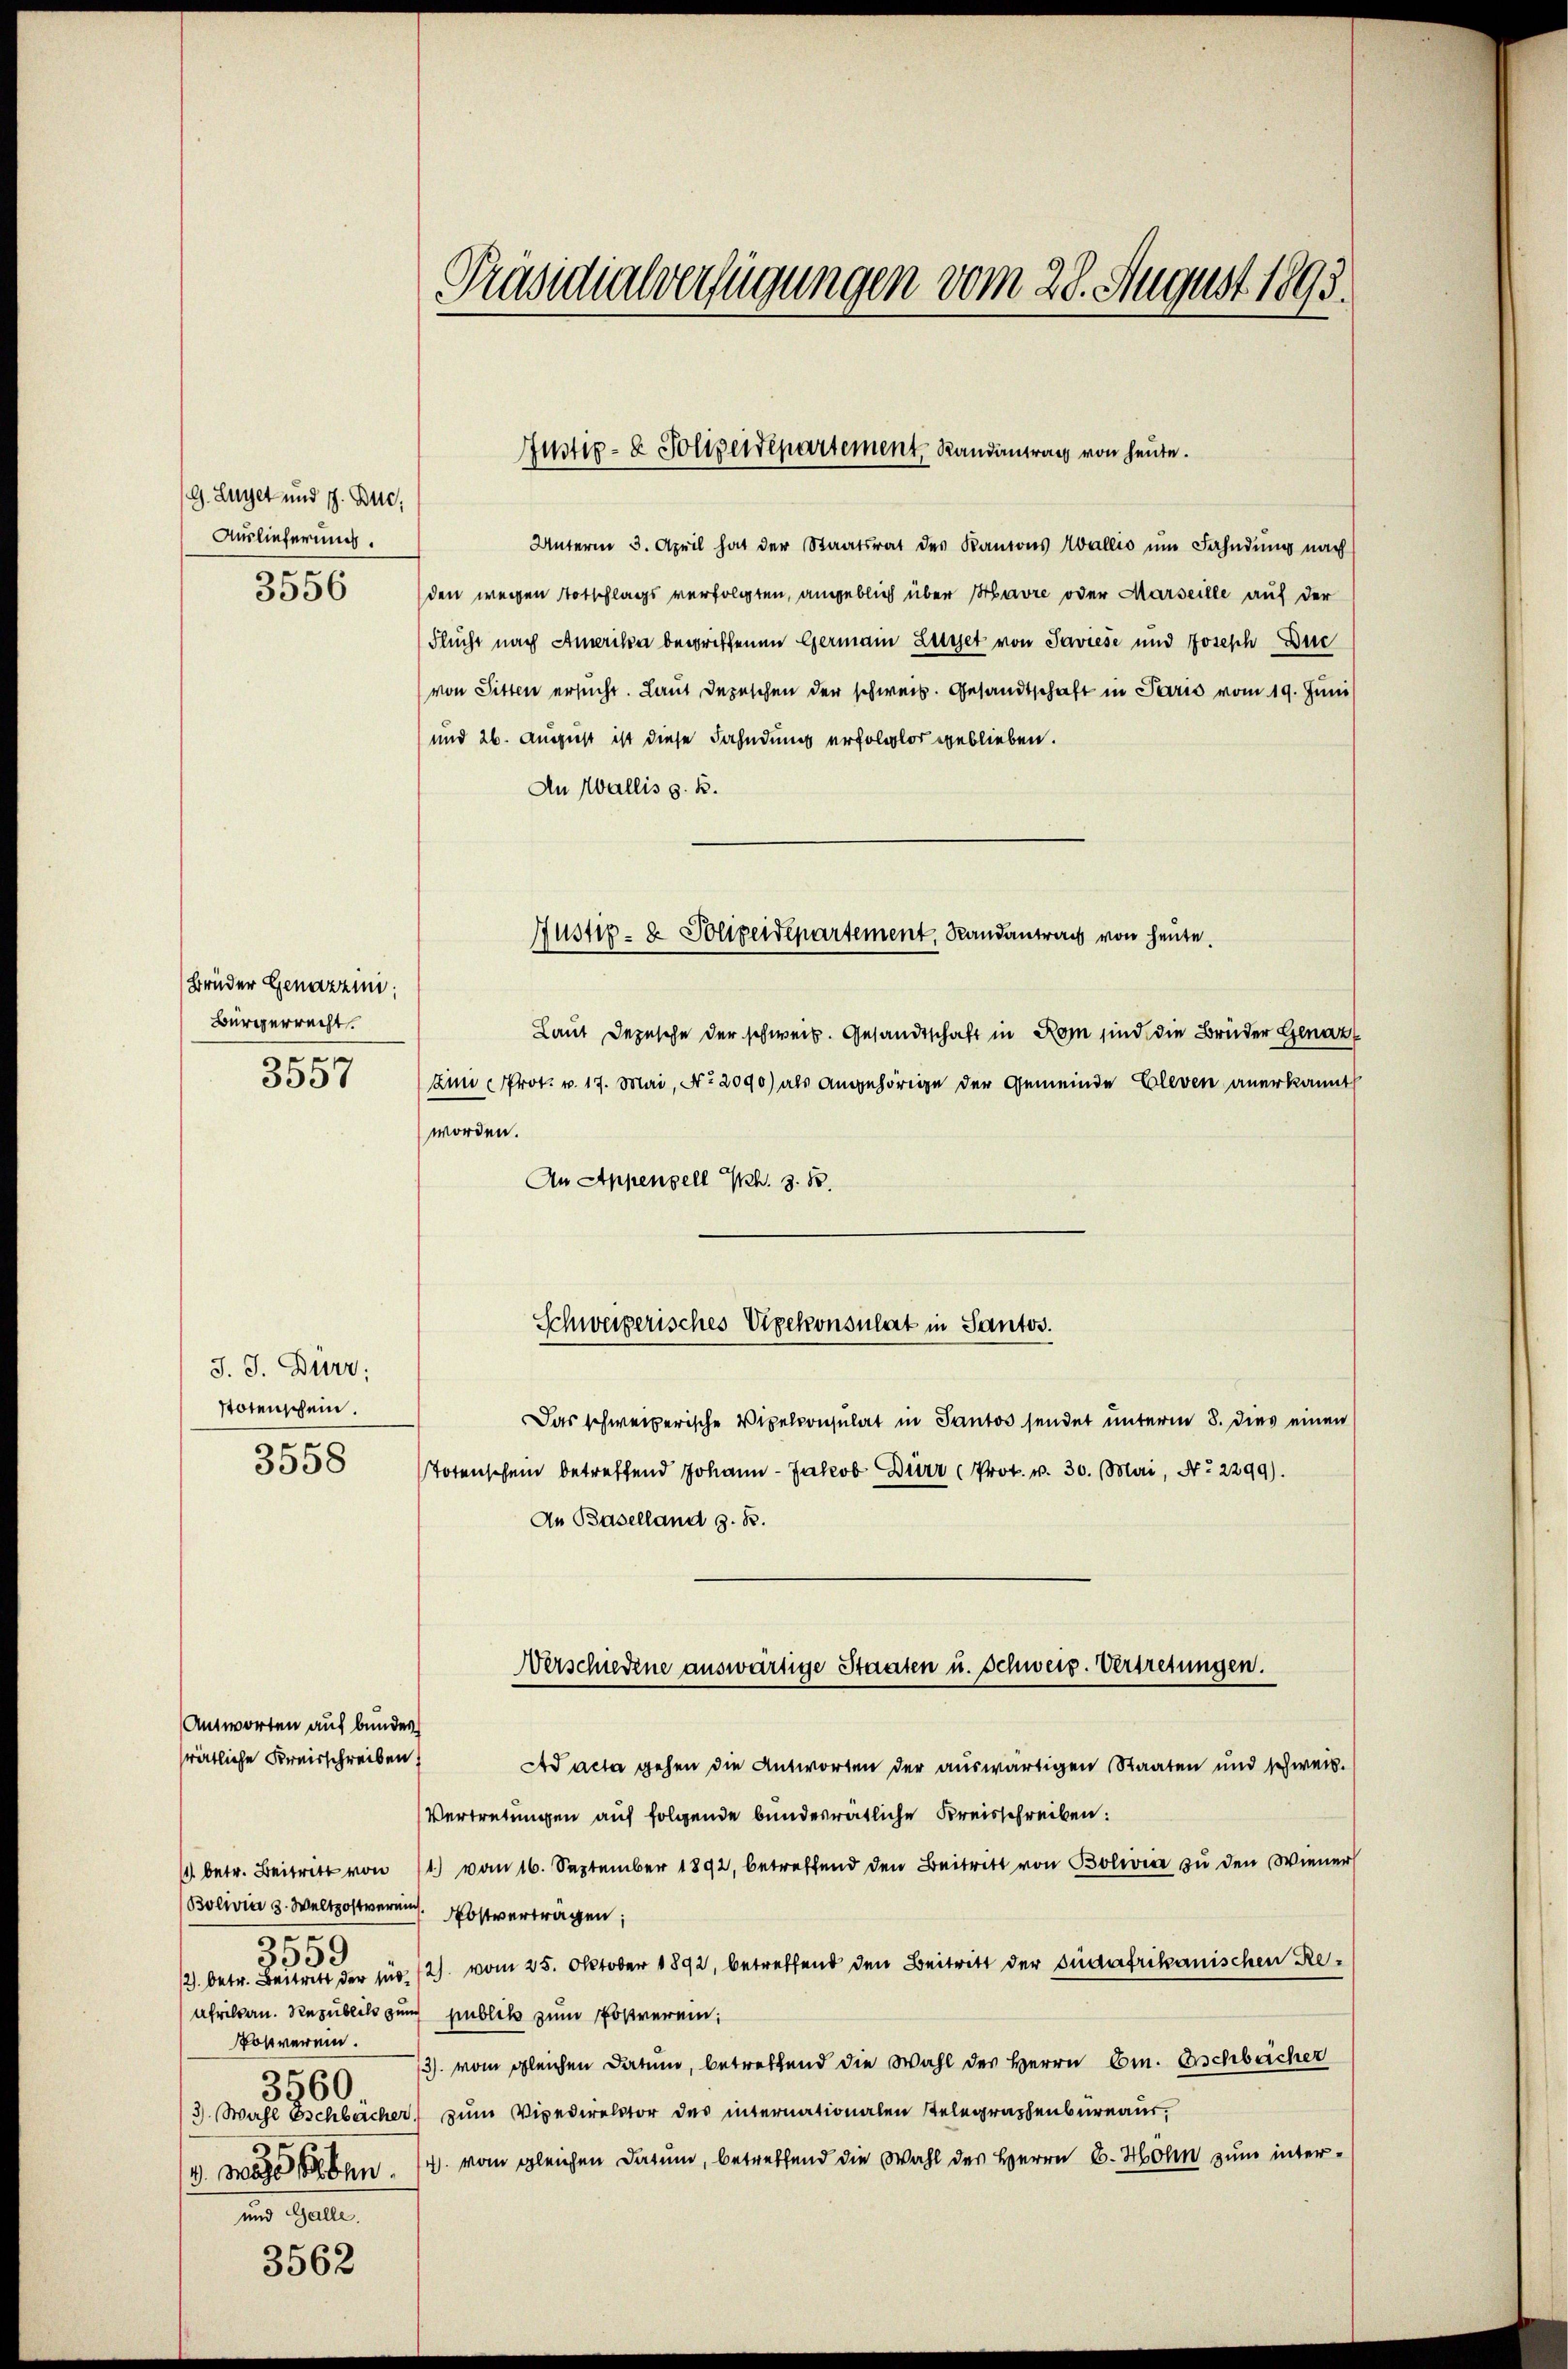
G. Lüget und 17. Buc
Auslieferung.

3556

Brüder Genazzini;
Bürgerrecht.
e

3557

Unterm 3. April hat der Staatsrat des Kantons Wallis um Fahndung nach
den wegen Totschlags verfolgten, angeblich über Havre oder Marseille auf der
Flucht nach Amerika begriffenen Germain Luret von Javiese und Joseph Duc
von Sitten ersucht. Laut Depeschen der schweiz. Gesandtschaft in Paris vom 19. Juni
und 26. August ist diese Fahndung erfolglos geblieben.
An Wallis z. B.
Laut Depesche der schweiz. Gesandtschaft in Rom sind die Brüder Genaz
Aini Prot. v. 17. Mai, No. 2090) als angehörige der Gemeinde Cleven anerkannt
worden.
An Appenzell h. z. B.
J. J. Dürr;
stotenschein.
Das schweizerische Vipelconsulat in Pantos sendet unterm 8. dies einen
n
3558
Totenschein betreffend Johann - Jakob Dürr (Prot. v. 30. Mai, No 2299).
An Baselland z. B.
Verschiedene auswärtige Staaten u. schweiz. Vertretungen.
Antworten auf bunder
rätliche Kreisschreiben,
Ad acta gehen die Antworten der auswärtigen Staaten und schweib.
Vertretungen auf folgende bundesrätliche Kreisschreiben:
1 betr. Beitritt von 11) vom 16. September 1892, betreffend den Beitritt von Bolivic zu den Wiener
Bolivia 2. Weltpostern. Postvertragen,
e
5309
/2. betr. Bei der für 12. vom 25. Oktober 1892, betreffend den Beitritt der Südafrikanischen Re¬
Afrikan. Republik zum publik zum Postverein,
Postverein.
13). vom gleichen Datum, betreffend die Wahl des Herrn Cm. Gschbricher
3560
3. Wahl Eschbächer zum Vipedirektor des internationalen Telegraphenbureaus,
/4. Wahl an. 14. vom gleichen Datum, betreffend die Wahl des Herrn E. Hohn zum inter¬
und Galle.

3562

Präsidialverfügungen vom 28. August 1893.

Justiz- & Polizeidepartement, Randantrag von heute.

Justiz- & Polizeidepartement, Randantrag von heute.

Schweizerisches Vizekonsulat in Santos.